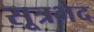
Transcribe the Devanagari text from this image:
सूत्रभेद